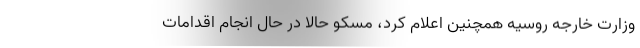
وزارت خارجه روسیه همچنین اعلام کرد، مسکو حالا در حال انجام اقدامات